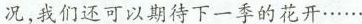
况,我们还可以期待下一季的花开……